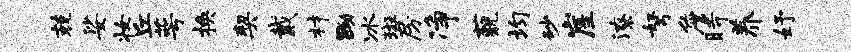
兢娑妆丘萼换契戴材黝冰斑房净藐均砂崖潦弩詹时养妤